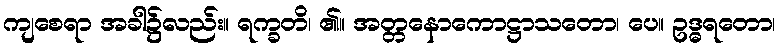
ကျစေရာ အခါ၌လည်း။ ရက္ခတိ၊ ၏။ အတ္တနောကောဋ္ဌာသတော၊ ပေ။ ဥဒ္ဓရတော၊